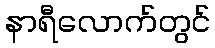
နာရီလောက်တွင်